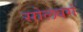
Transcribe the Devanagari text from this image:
सोलवर्ग